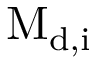
\mathrm { M } _ { \mathrm { d } , \mathrm { i } }